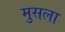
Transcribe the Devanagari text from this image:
मुसला